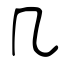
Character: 几